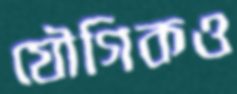
যৌগিকও